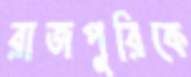
রাজপুরিকে